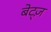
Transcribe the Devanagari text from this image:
बेट्ज़